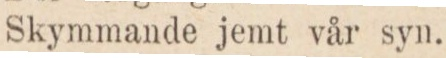
Skymmande jemt vår syn.